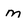
Character: m